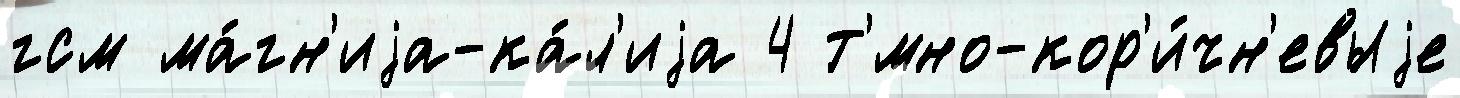
гсм ма́гн'иjа-ка́л'иjа 4 т'́мно-кор'и́чн'евыjе